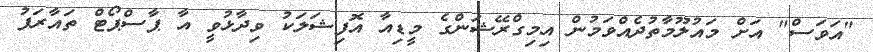
"އަވަސް" އަށް މައުލޫމާތުދެއްވަމުން އިމިގްރޭޝަންގެ މީޑިއާ އޮފިޝަލަކު ވިދާޅުވީ އާ ޕާސްޕޯޓް ތައާރަފު